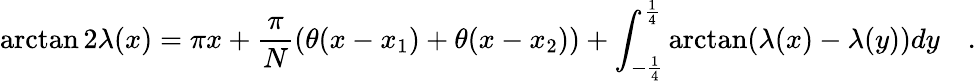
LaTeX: \arctan 2\lambda(x)=\pi x+\frac{\pi}{N}(\theta(x-x_{1})+\theta(x-x_{2}))+\int_{-\frac{1}{4}}^{\frac{1}{4}}\arctan(\lambda(x)-\lambda(y))dy\quad.